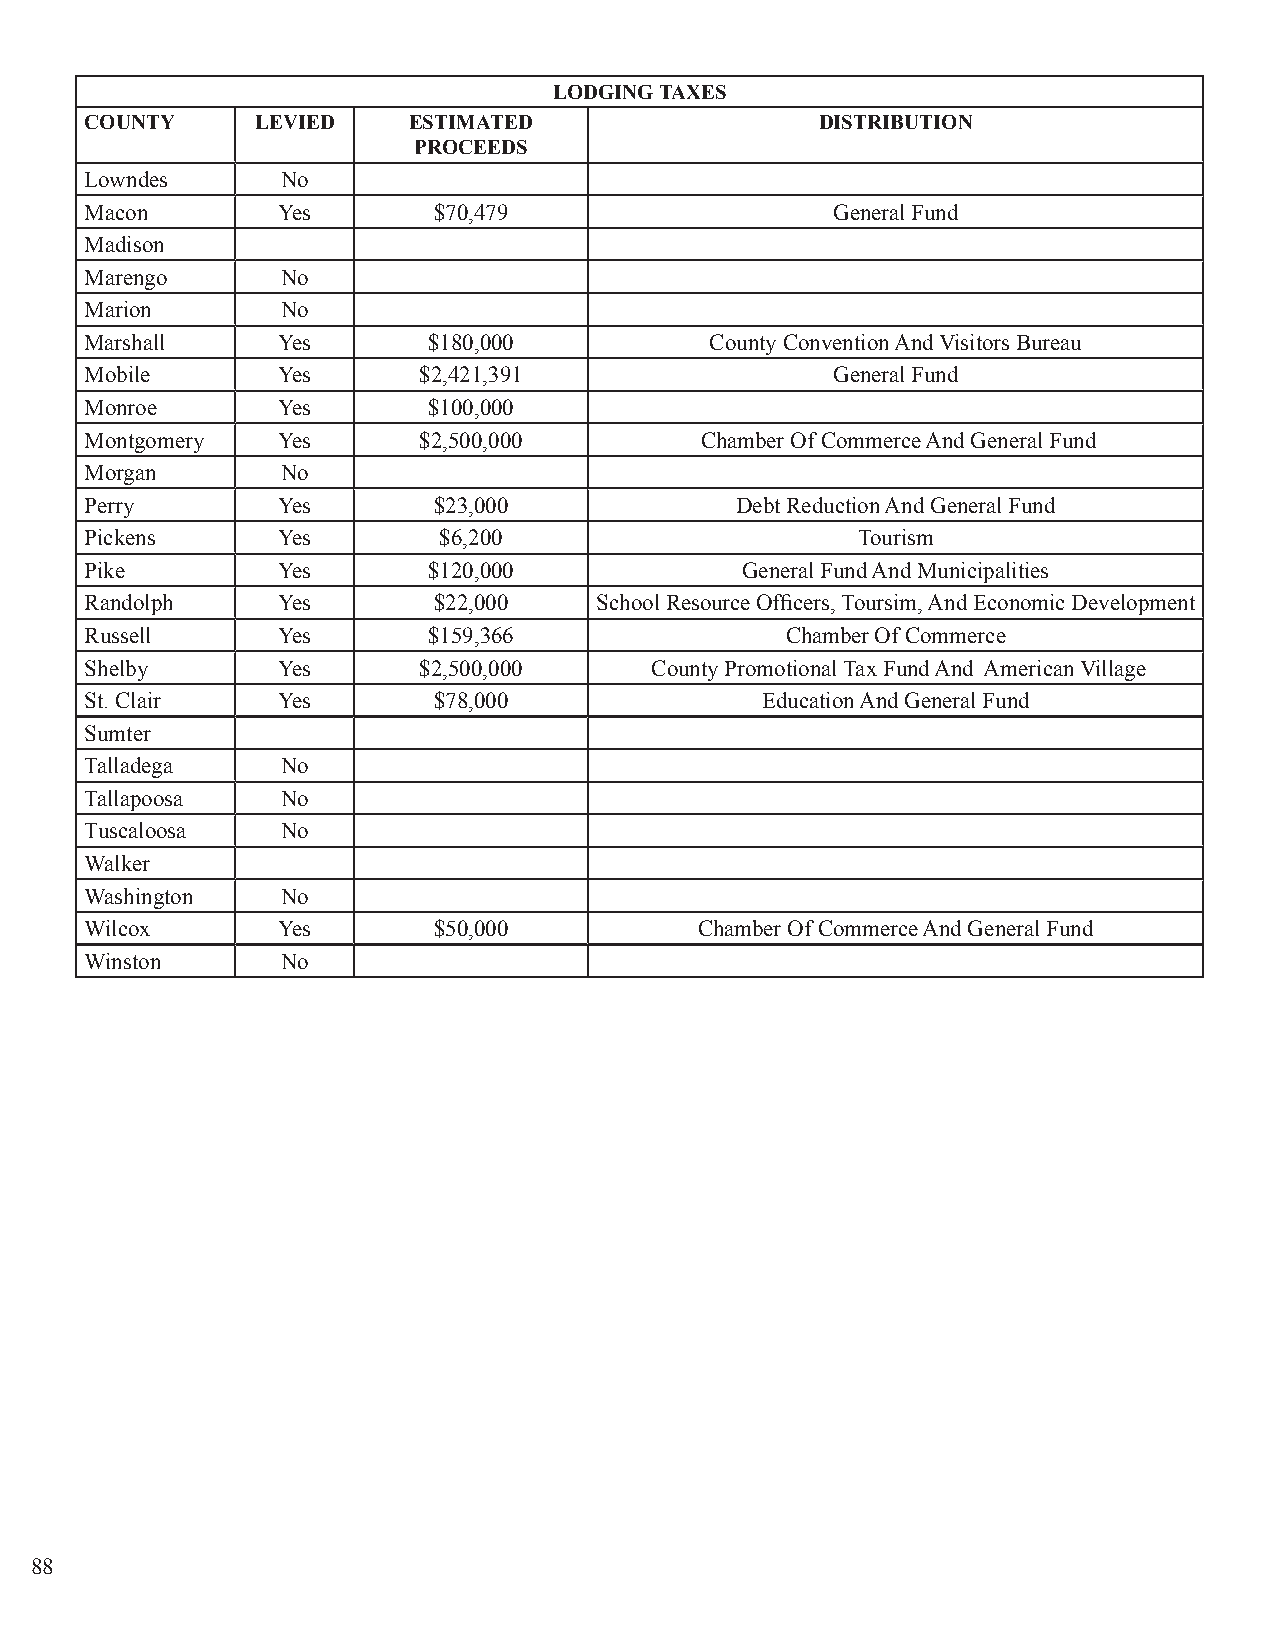
LODGING TAXES
 COUNTY     LEVIED    ESTIMATED                  DISTRIBUTION
 PROCEEDS
 Lowndes      No
 Macon       Yes        $70,479                   General Fund
 Madison
 Marengo      No
 Marion       No
 Marshall    Yes       $180,000           County Convention And Visitors Bureau
 Mobile      Yes       $2,421,391                 General Fund
 Monroe      Yes       $100,000
 Montgomery  Yes       $2,500,000        Chamber Of Commerce And General Fund
 Morgan       No
 Perry       Yes        $23,000             Debt Reduction And General Fund
 Pickens     Yes        $6,200                      Tourism
 Pike        Yes       $120,000             General Fund And Municipalities
 Randolph    Yes        $22,000   School Resource Officers, Toursim, And Economic Development
 Russell     Yes       $159,366                Chamber Of Commerce
 Shelby      Yes       $2,500,000     County Promotional Tax Fund And American Village
 St. Clair   Yes        $78,000              Education And General Fund
 Sumter
 Talladega    No
 Tallapoosa   No
 Tuscaloosa   No
 Walker
 Washington   No
 Wilcox      Yes        $50,000          Chamber Of Commerce And General Fund
 Winston      No
 88